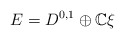
\begin{align*}E=D^{0,1}\oplus \mathbb C\xi\end{align*}